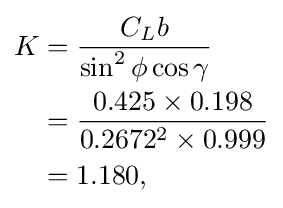
{\begin{aligned}K&={\frac {C_{L}b}{\sin ^{2}\phi \cos \gamma }}\\&={\frac {0.425\times 0.198}{0.2672^{2}\times 0.999}}\\&=1.180,\end{aligned}}